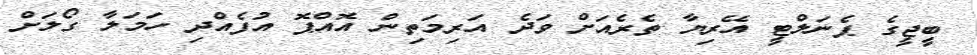
ބީޖީގެ ޕެނަލްޓީ އޭރިޔާ ތެރެއަށް ވަދެ އަރިމަތިން އޮއްޕޮ އުފެއްދި ހަމަލާ ގޯލަށް